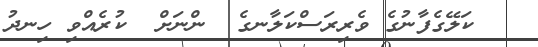
ކަލޭގެފާނުގެ ވެރިރަސްކަލާނގެ  ންނަށް  ކުރެއްވި ހިނދު